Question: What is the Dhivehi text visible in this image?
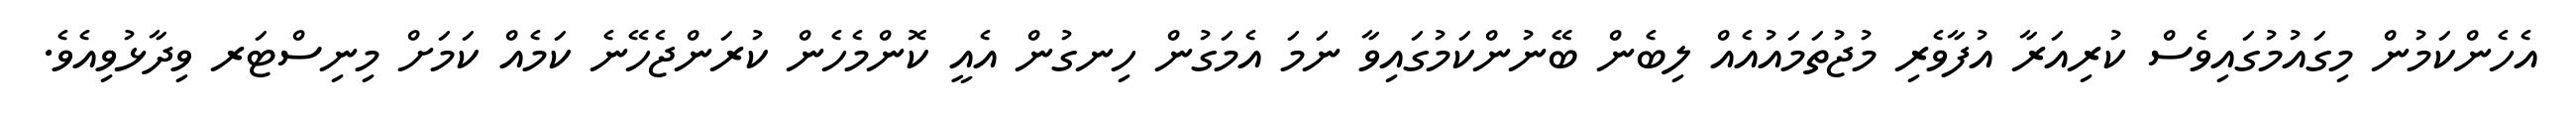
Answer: އެހެންކަމުން މިގައުމުގައިވެސް ކުރިއަރާ އުފާވެރި މުޖުތަމައުއެއް ލިބެން ބޭނުންކަމުގައިވާ ނަމަ އެމަގުން ހިނގުން އެއީ ކޮންމެހެން ކުރަންޖެހޭނެ ކަމެއް ކަމަށް މިނިސްޓަރ ވިދާޅުވިއެވެ.